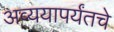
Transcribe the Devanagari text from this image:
अव्ययापर्यंतचे